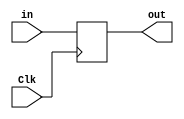
module Register32bitssinEn(Clk, in, out);

	input [31:0]in;
	input Clk;
	output reg [31:0]out;

	initial begin
		out <= 32'b00000000000000000000000000000000;
	end

	always @ (posedge Clk)
		begin
			out <= in;
		end
		
endmodule